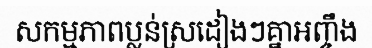
សកម្មភាពប្លន់ស្រដៀងៗគ្នាអញ្ចឹង